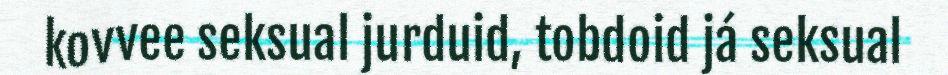
kovvee seksual jurduid, tobdoid já seksual